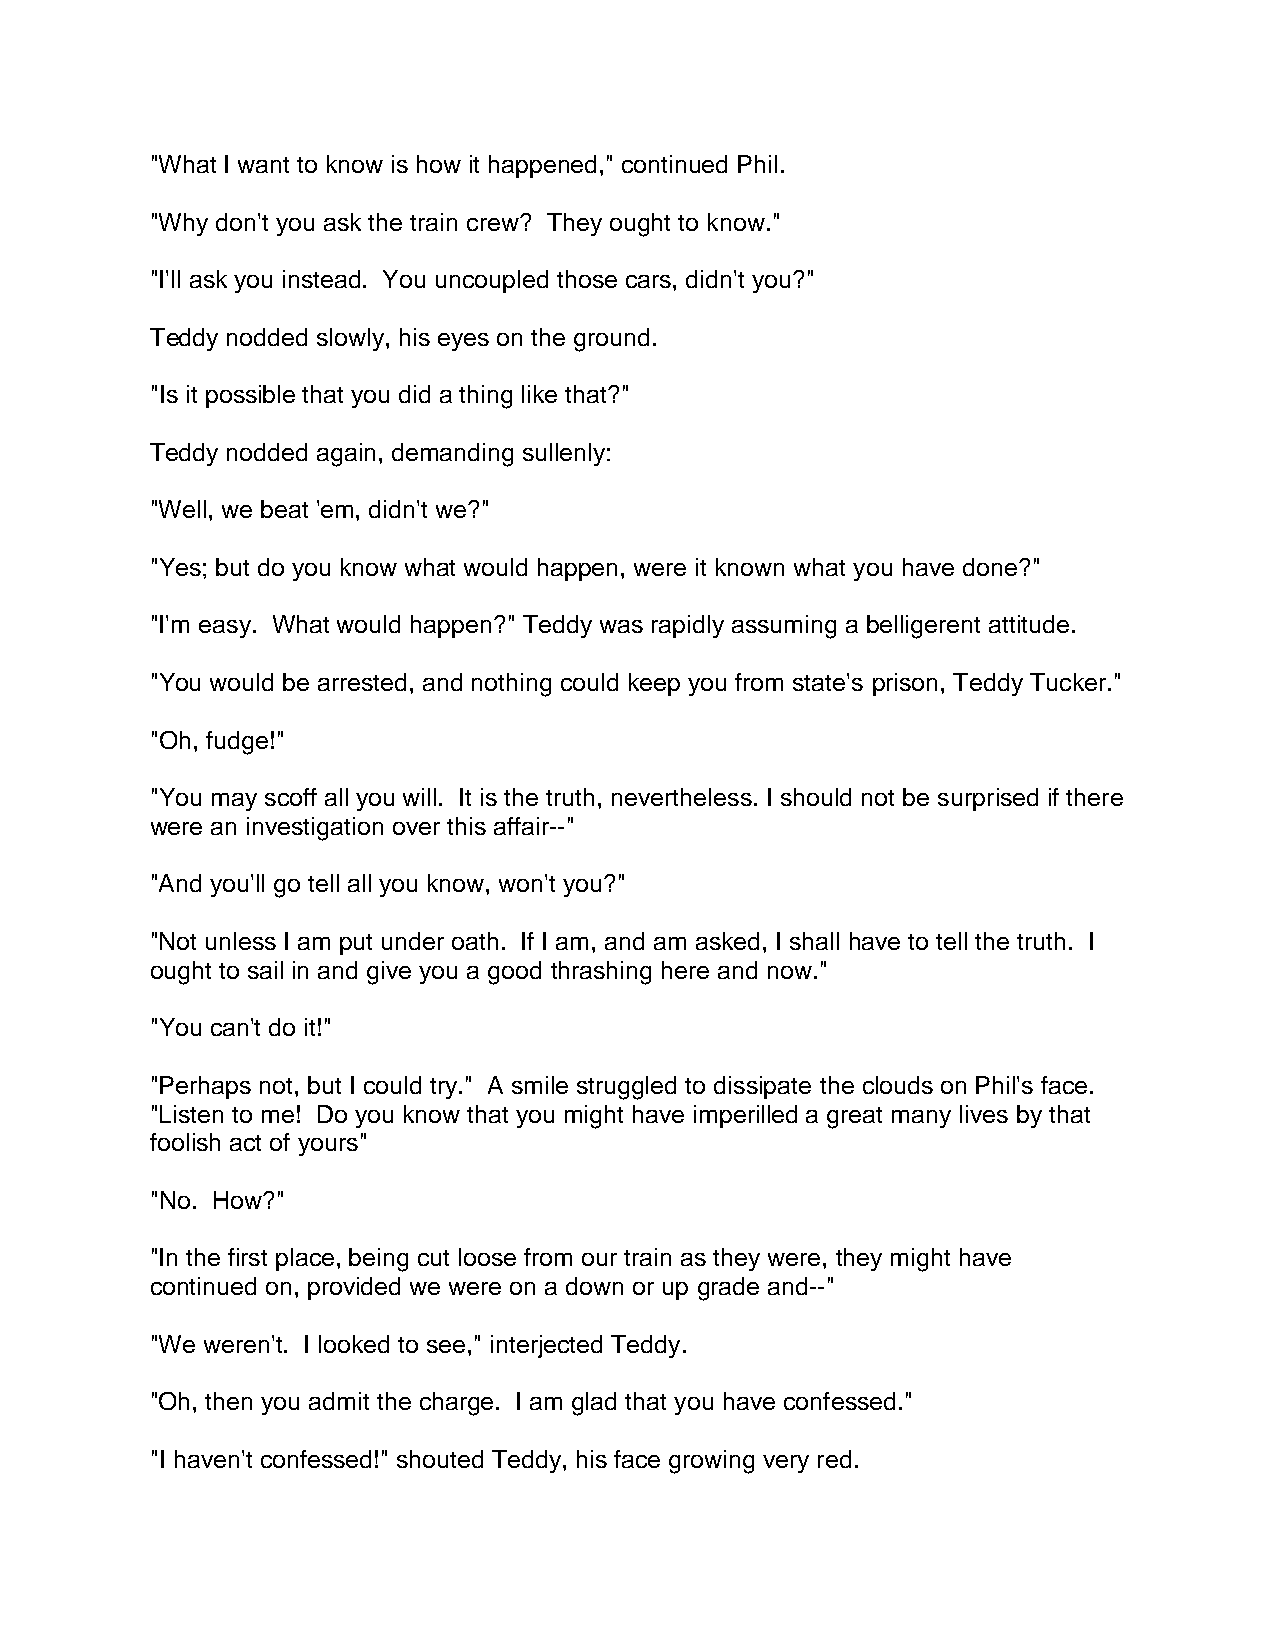
"What I want to know is how it happened," continued Phil.
 "Why don't you ask the train crew? They ought to know."
 "I'll ask you instead. You uncoupled those cars, didn't you?"
 Teddy nodded slowly, his eyes on the ground.
 "Is it possible that you did a thing like that?"
 Teddy nodded again, demanding sullenly:
 "Well, we beat 'em, didn't we?"
 "Yes; but do you know what would happen, were it known what you have done?"
 "I'm easy. What would happen?" Teddy was rapidly assuming a belligerent attitude.
 "You would be arrested, and nothing could keep you from state's prison, Teddy Tucker."
 "Oh, fudge!"
 "You may scoff all you will. It is the truth, nevertheless. I should not be surprised if there
 were an investigation over this affair--"
 "And you'll go tell all you know, won't you?"
 "Not unless I am put under oath. If I am, and am asked, I shall have to tell the truth. I
 ought to sail in and give you a good thrashing here and now."
 "You can't do it!"
 "Perhaps not, but I could try." A smile struggled to dissipate the clouds on Phil's face.
 "Listen to me! Do you know that you might have imperilled a great many lives by that
 foolish act of yours"
 "No. How?"
 "In the first place, being cut loose from our train as they were, they might have
 continued on, provided we were on a down or up grade and--"
 "We weren't. I looked to see," interjected Teddy.
 "Oh, then you admit the charge. I am glad that you have confessed."
 "I haven't confessed!" shouted Teddy, his face growing very red.